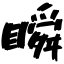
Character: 瞬